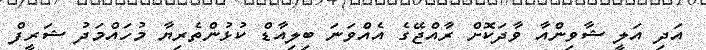
އަދި އަލީ ޝާވިންއާ ވާދަކޮށް ރާއްޖޭގެ އެއްވަނަ ބިލިއާޑް ކުޅުންތެރިޔާ މުހައްމަދު ޝަރީފް